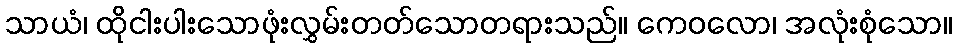
သာယံ၊ ထိုငါးပါးသောဖုံးလွှမ်းတတ်သောတရားသည်။ ကေဝလော၊ အလုံးစုံသော။